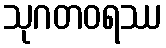
သုဂတဝရဿ